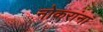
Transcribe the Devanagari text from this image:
नोकरांना